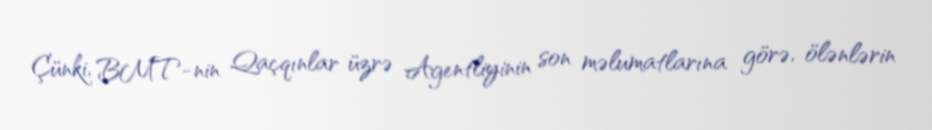
Çünki, BMT-nin Qaçqınlar üzrə Agentliyinin son məlumatlarına görə, ölənlərin